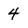
Character: 4